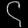
Digit: ၄